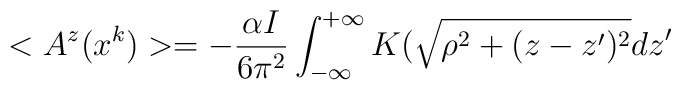
<A^{z}(x^{k})>=-\frac{\alpha I}{6\pi^{2}}\int_{-\infty}^{+\infty}K(\sqrt{\rho^{2}+(z-z')^{2}}dz'